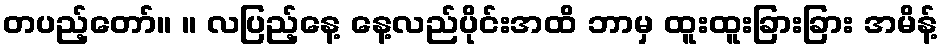
တပည့်တော်။ ။ လပြည့်နေ့ နေ့လည်ပိုင်းအထိ ဘာမှ ထူးထူးခြားခြား အမိန့်